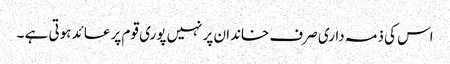
اس کی ذمہ داری صرف خاندان پر نہیں پوری قوم پر عائد ہوتی ہے ۔